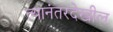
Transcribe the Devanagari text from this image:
त्यानंतरदेखील